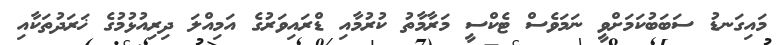
މައިގަނޑު ސަބަބުކަމަށްވީ ނަމަވެސް ޓެކްސީ މަރާމާތު ކުރުމާއި ޑްރައިވަރުގެ އަމިއްލަ ދިރިއުޅުމުގެ ޚަރަދުތަކާއި